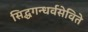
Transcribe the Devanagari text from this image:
सिद्धगन्धर्वसेविते